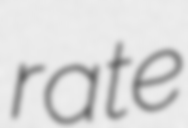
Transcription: rate